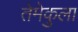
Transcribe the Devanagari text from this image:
तेमेकुला